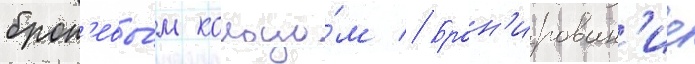
брон'евы́м кольцо́м // Брон'ирован'ие